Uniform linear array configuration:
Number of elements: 12
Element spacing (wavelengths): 0.5
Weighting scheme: hamming
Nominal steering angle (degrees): -15
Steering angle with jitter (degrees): -13.606
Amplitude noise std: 0.05
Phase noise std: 0.05

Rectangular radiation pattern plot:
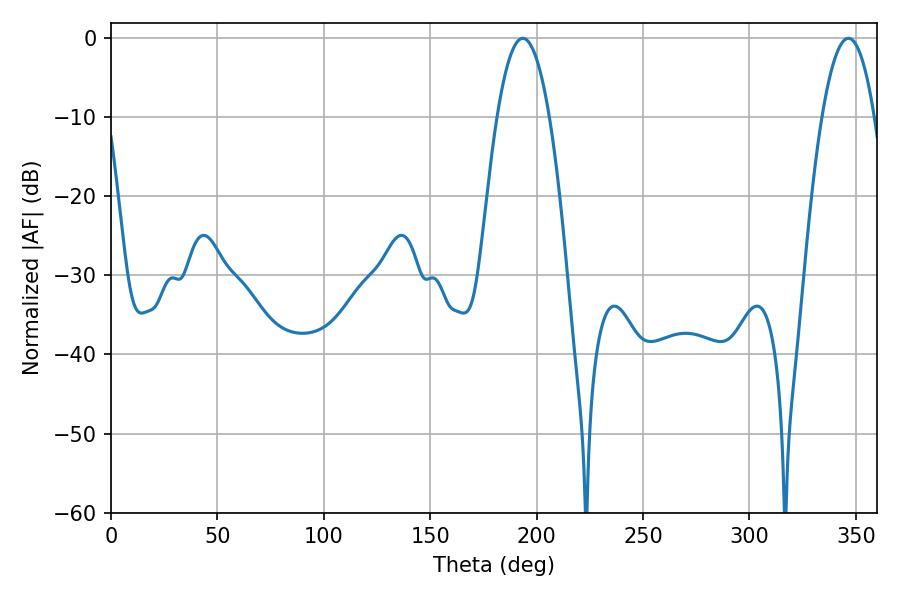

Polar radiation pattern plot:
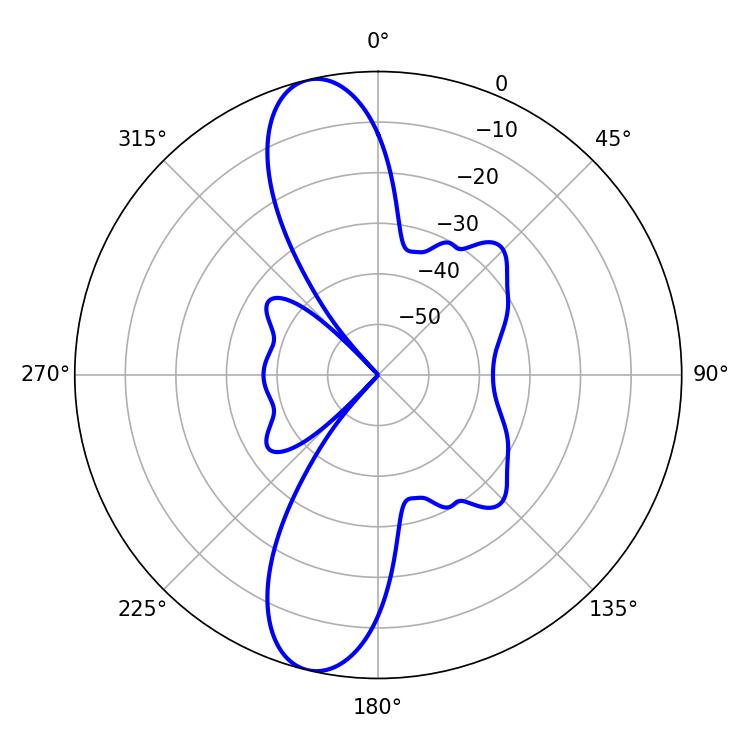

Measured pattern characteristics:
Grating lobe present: FALSE
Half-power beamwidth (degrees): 13.5
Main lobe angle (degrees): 193.5